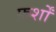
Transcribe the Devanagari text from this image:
फ़र्शों